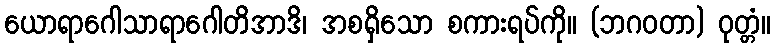
ယောရာဂေါသာရာဂေါတိအာဒိ၊ အစရှိသော စကားရပ်ကို။ (ဘဂဝတာ) ဝုတ္တံ။